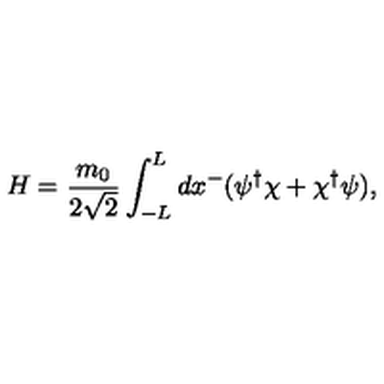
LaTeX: H = \frac { m _ { 0 } } { 2 \sqrt { 2 } } \int _ { - L } ^ { L } d x ^ { - } ( \psi ^ { \dagger } \chi + \chi ^ { \dagger } \psi ) ,